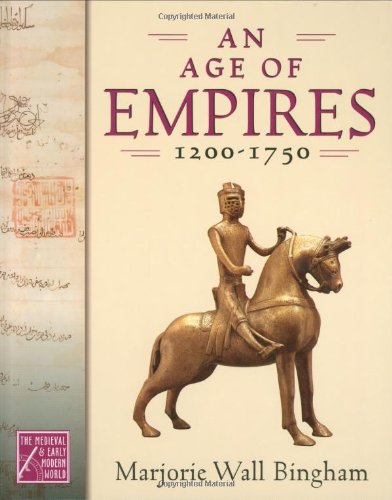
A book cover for An Age of Empires, 1200-1750 (The Medieval and Early Modern World) (Medieval and Early Modern World Series); Marjorie Wall Bingham; Children's Books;